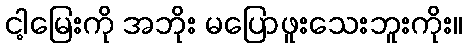
ငါ့မြေးကို အဘိုး မပြောဖူးသေးဘူးကိုး။